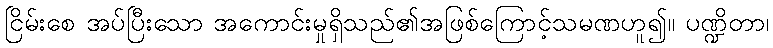
ငြိမ်းစေ အပ်ပြီးသော အကောင်းမှုရှိသည်၏အဖြစ်ကြောင့်သမဏဟူ၍။ ပဏ္ဍိတာ၊